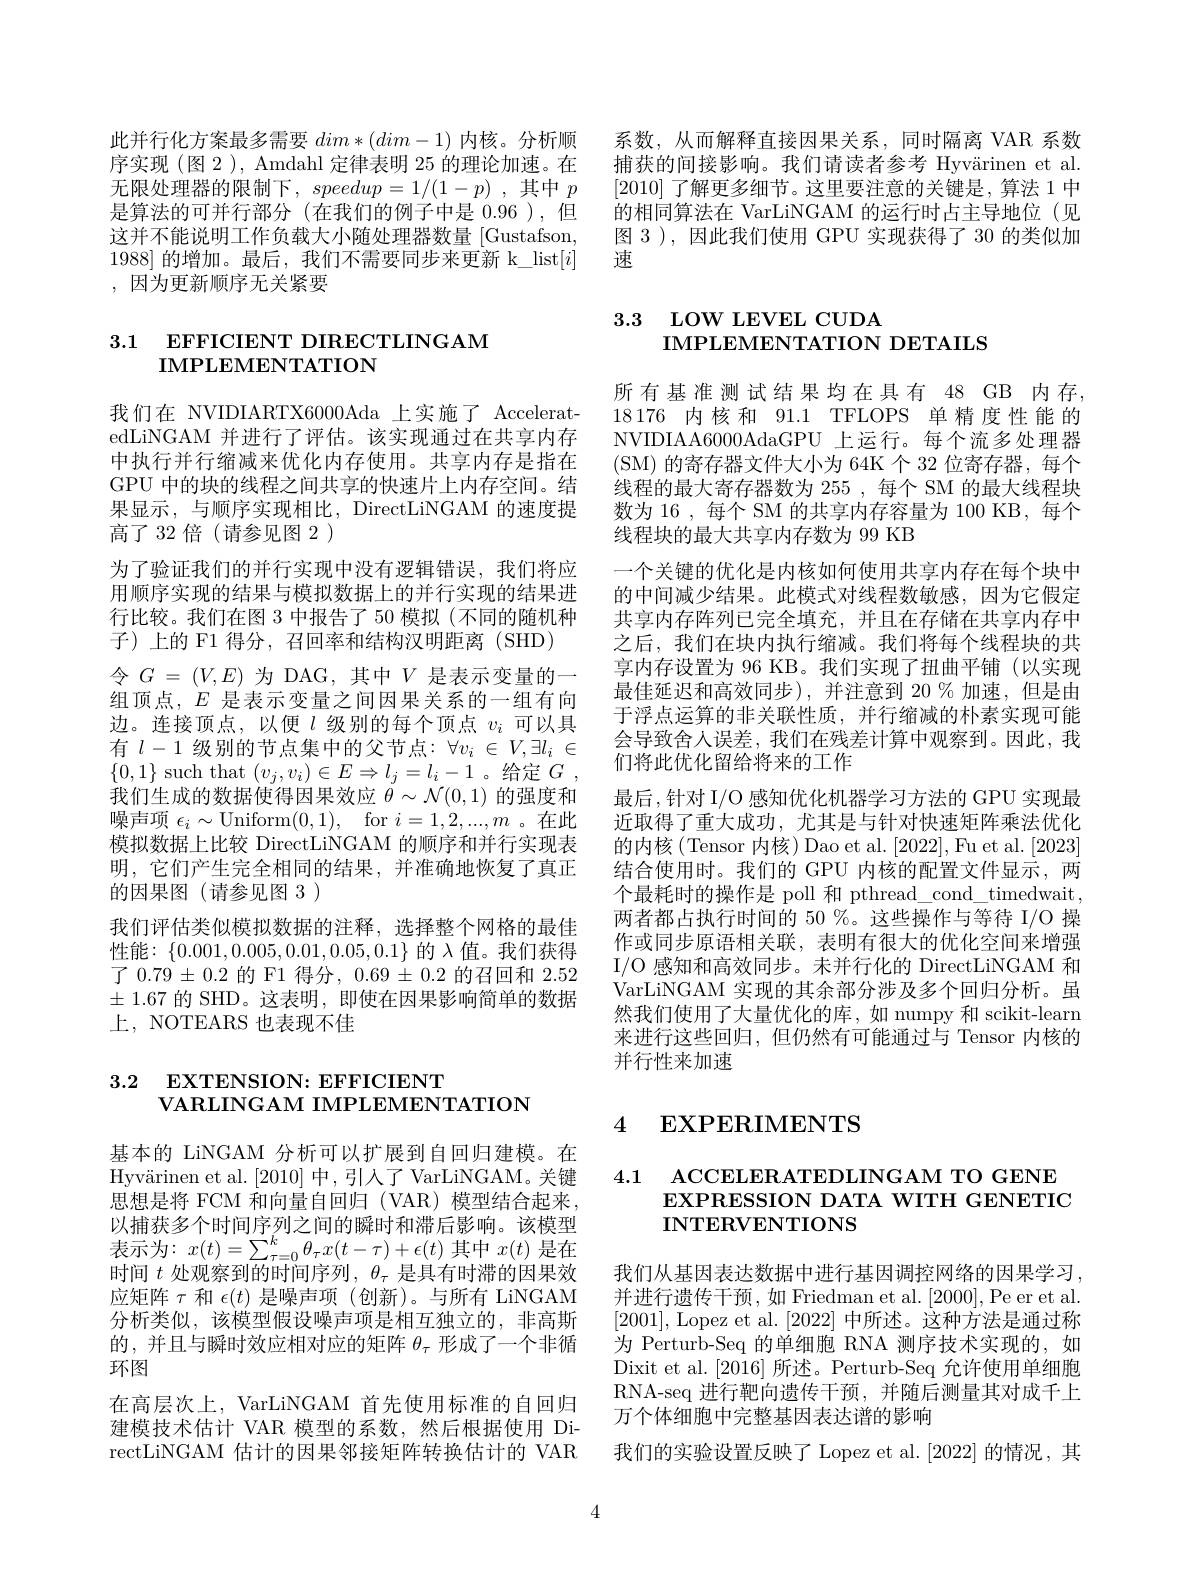
这并不能说明工作负载大小随处理器数量 [Gustafson, 1988]的增加。最后，我们不需要同步来更新 k\_list$[i]$ ,因为更新顺序无关紧要

# 3.1 EFFICIENT DIRECTLINGAM IMPLEMENTATION

我们在 NVIDIARTX6000Ada 上实施了 AcceleratedLiNGAM 并进行了评估。该实现通过在共享内存中执行并行缩减来优化内存使用。共享内存是指在GPU 中的块的线程之间共享的快速片上内存空间。结果显示，与顺序实现相比，DirectLiNGAM 的速度提高了 32 倍 (请参见图 2 )
为了验证我们的并行实现中没有逻辑错误，我们将应用顺序实现的结果与模拟数据上的并行实现的结果进行比较。我们在图 3 中报告了 50 模拟 (不同的随机种子)上的 F1 得分，召回率和结构汉明距离(SHD)
令$G=(V,E)$为 DAG,其中$V$是表示变量的一组顶点，$E$是表示变量之间因果关系的一组有向边。连接顶点，以便$l$级别的每个顶点 $v_i$ 可以具有$l-1$级别的节点集中的父节点：$\forall v_i\in V,\exists l_i\in$ $\{0,1\}$ such that $(v_j,v_i)\in E\Rightarrow l_j=l_i-1$。给定$G$ , 我们生成的数据使得因果效应$\theta\sim\mathcal{N}(0,1)$的强度和噪声项$\epsilon_i\sim$Uniform(0,1), for $i=1,2,...,m$ 。在此模拟数据上比较 DirectLiNGAM 的顺序和并行实现表明，它们产生完全相同的结果，并准确地恢复了真正的因果图(请参见图 3 )
我们评估类似模拟数据的注释，选择整个网格的最佳性能：$\{0.001,0.005,0.01,0.05,0.1\}$的$\lambda$值。我们获得了$0.79\pm0.2$的 F1 得分，$0.69\pm0.2$的召回和2.52 $\pm$ 1.67 的 SHD。这表明，即使在因果影响简单的数据上，NOTEARS 也表现不佳

# 3.2 EXTENSION: EFFICIENT VARLINGAM IMPLEMENTATION

基本的 LiNGAM 分析可以扩展到自回归建模。在Hyv$\ddot{a}$rinenetal. [ 2010] 中，引入了VarLiNGAM。关键思想是将 FCM 和向量自回归 (VAR) 模型结合起来， 以捕获多个时间序列之间的瞬时和滞后影响。该模型表示为：$x(t)=\sum_\tau=0^{k}\theta_{\tau}x(t-\tau)+\epsilon(t)$其中$x(t)$是在时间$t$处观察到的时间序列，$\theta_\tau$是具有时滞的因果效应矩阵$\tau$和$\epsilon(t)$是噪声项(创新)。与所有 LiNGAM 分析类似，该模型假设噪声项是相互独立的，非高斯的，并且与瞬时效应相对应的矩阵$\theta_\tau$形成了一个非循环图
在高层次上，VarLiNGAM 首先使用标准的自回归建模技术估计 VAR 模型的系数，然后根据使用 DirectLiNGAM 估计的因果邻接矩阵转换估计的 VAR

此并行化方案最多需要$dim*(dim-1)$内核。分析顺 系数，从而解释直接因果关系，同时隔离 VAR 系数序实现 (图 2 ), Amdahl 定律表明 25 的理论加速。在 捕获的间接影响。我们请读者参考 Hyvärinen et al 无限处理器的限制下，$speedup=1/(1-p)$ ,其中$p$ [2010]了解更多细节。这里要注意的关键是，算法 1 中是算法的可并行部分 (在我们的例子中是 0.96 ),但 的相同算法在 VarLiNGAM 的运行时占主导地位 (见
图 3 ), 因此我们使用 GPU 实现获得了 30 的类似加
速

# 3.3 LOW LEVEL CUDA IMPLEMENTATION DETAILS

所有基准测试结果均在具有48GB内存18176 内核和 91.1 TFLOPS 单精度性能的NVIDIAA6000AdaGPU 上运行。每个流多处理器(SM)的寄存器文件大小为 64K个 32 位寄存器，每个线程的最大寄存器数为 255 , 每个 SM 的最大线程块数为 16 , 每个 SM 的共享内存容量为 100 KB, 每个线程块的最大共享内存数为 99 KB
一个关键的优化是内核如何使用共享内存在每个块中的中间减少结果。此模式对线程数敏感，因为它假定共享内存阵列已完全填充，并且在存储在共享内存中之后，我们在块内执行缩减。我们将每个线程块的共享内存设置为 96 KB。我们实现了扭曲平铺(以实现最佳延迟和高效同步),并注意到 20 % 加速，但是由于浮点运算的非关联性质，并行缩减的朴素实现可能会导致舍人误差，我们在残差计算中观察到。因此，我们将此优化留给将来的工作
最后，针对 I/O 感知优化机器学习方法的 GPU 实现最近取得了重大成功，尤其是与针对快速矩阵乘法优化的内核(Tensor 内核)Dao et al. [2022], Fu et al. [2023] 结合使用时。我们的 GPU 内核的配置文件显示，两个最耗时的操作是 poll 和 pthread\_cond\_timedwait. 两者都占执行时间的 50 %。这些操作与等待 I/O 操作或同步原语相关联，表明有很大的优化空间来增强I/O 感知和高效同步。未并行化的 DirectLiNGAM 和VarLiNGAM 实现的其余部分涉及多个回归分析。虽然我们使用了大量优化的库，如 numpy 和 scikit-learn 来进行这些回归，但仍然有可能通过与 Tensor 内核的并行性来加速

# 4 $\textbf{EXPERIMENTS}$

## 4.1 ACCELERATEDLINGAM TO GENE EXPRESSION DATA WITH GENETIC INTERVENTIONS

我们从基因表达数据中进行基因调控网络的因果学习， 并进行遗传干预，如 Friedman et al. [2000],Pe er et al. [2001], Lopez et al. [2022]中所述。这种方法是通过称为 Perturb-Seq 的单细胞 RNA 测序技术实现的，如Dixit et al. [2016]所述。Perturb-Seq 允许使用单细胞RNA-seq 进行靶向遗传干预，并随后测量其对成千上万个体细胞中完整基因表达谱的影响
我们的实验设置反映了 Lopez et al. [2022]的情况，其

4